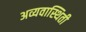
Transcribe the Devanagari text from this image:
अव्यवास्थिती